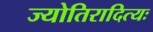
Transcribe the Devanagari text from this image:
ज्योतिरादित्यः